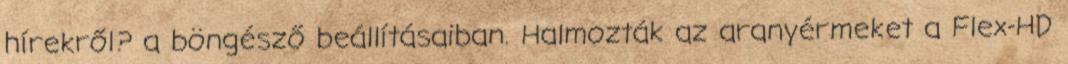
hírekről? a böngésző beállításaiban. Halmozták az aranyérmeket a Flex-HD